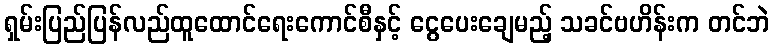
ရှမ်းပြည်ပြန်လည်ထူထောင်ရေးကောင်စီနှင့် ငွေပေးချေမည့် သခင်ဗဟိန်းက တင်ဘဲ